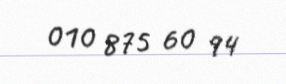
010 875 60 94